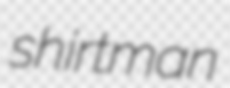
shirtman